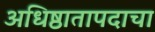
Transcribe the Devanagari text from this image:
अधिष्ठातापदाचा